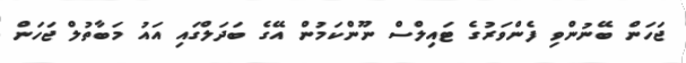
ޖަހަން ބޭނުންވި ފެންވަރުގެ ޓައިލްސް ނޫންކަމުން އޭގެ ބަދަލްގައި އައު މަބާތުލް ޖަހަން